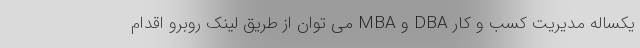
یکساله مدیریت کسب و کار DBA و MBA می توان از طریق لینک روبرو اقدام